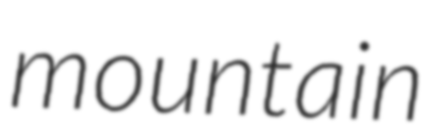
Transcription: mountain